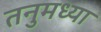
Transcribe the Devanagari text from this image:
तनुमध्या